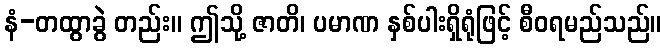
နံ-တထွာခွဲ တည်း။ ဤသို့ ဇာတိ၊ ပမာဏ နှစ်ပါးရှိရုံဖြင့် စီဝရမည်သည်။